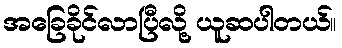
အခြေခိုင်လာပြီလို့ ယူဆပါတယ်။